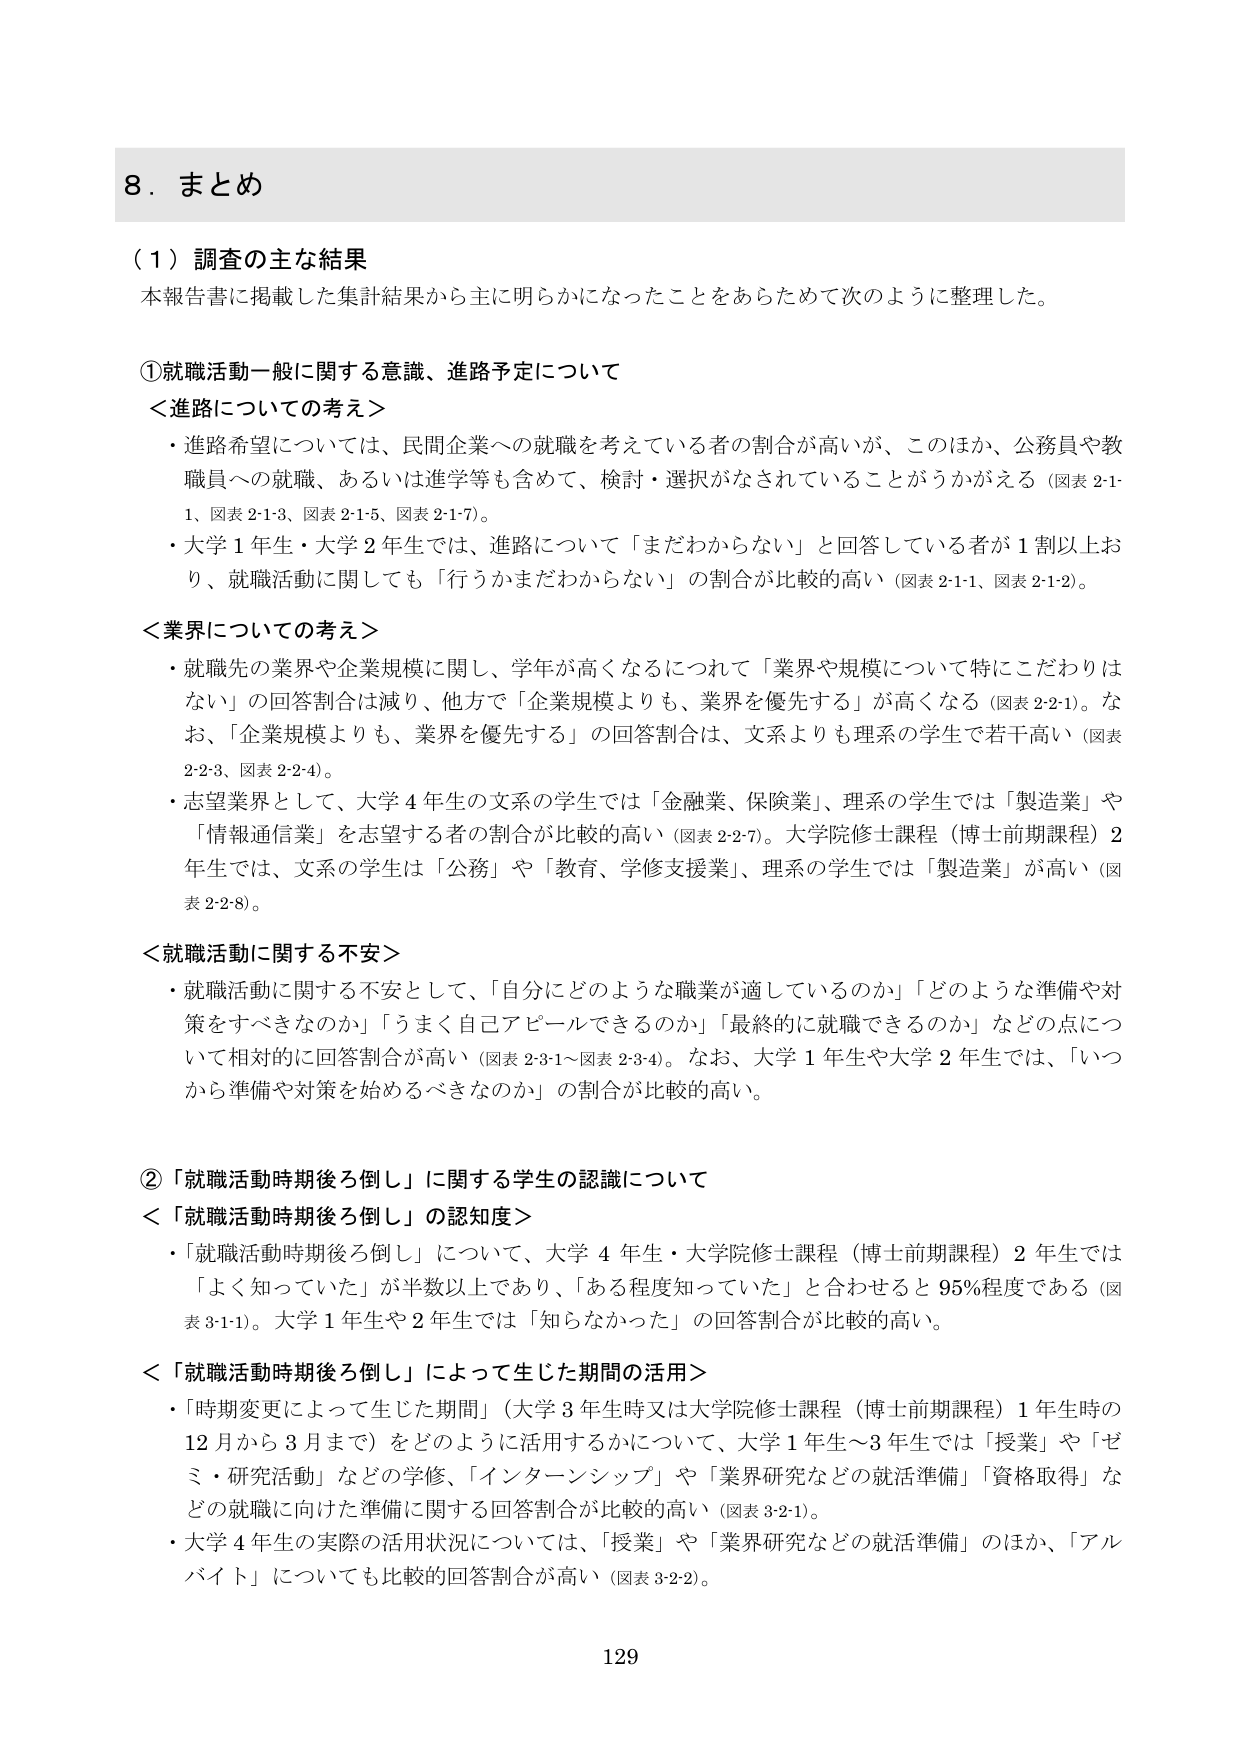
8．まとめ

（1）調査の主な結果
本報告書に掲載した集計結果から主に明らかになったことをあらためて次のように整理した。

①就職活動一般に関する意識、進路予定について
＜進路についての考え＞
・進路希望については、民間企業への就職を考えている者の割合が高いが、このほか、公務員や教職員への就職、あるいは進学等も含めて、検討・選択がなされていることがうかがえる（図表2-1-1、図表2-1-3、図表2-1-5、図表2-1-7）。
・大学1年生・大学2年生では、進路について「まだわからない」と回答している者が1割以上おり、就職活動に関しても「行うかまだわからない」の割合が比較的高い（図表2-1-1、図表2-1-2）。

＜業界についての考え＞
・就職先の業界や企業規模に関し、学年が高くなるにつれて「業界や規模について特にこだわりはない」の回答割合は減り、他方で「企業規模よりも、業界を優先する」が高くなる（図表2-2-1）。なお、「企業規模よりも、業界を優先する」の回答割合は、文系よりも理系の学生で若干高い（図表2-2-3、図表2-2-4）。
・志望業界として、大学4年生の文系の学生では「金融業、保険業」、理系の学生では「製造業」や「情報通信業」を志望する者の割合が比較的高い（図表2-2-7）。大学院修士課程（博士前期課程）2年生では、文系の学生は「公務」や「教育、学修支援業」、理系の学生では「製造業」が高い（図表2-2-8）。

＜就職活動に関する不安＞
・就職活動に関する不安として、「自分にどのような職業が適しているのか」「どのような準備や対策をすべきなのか」「うまく自己アピールできるのか」「最終的に就職できるのか」などの点について相対的に回答割合が高い（図表2-3-1～図表2-3-4）。なお、大学1年生や大学2年生では、「いつから準備や対策を始めるべきなのか」の割合が比較的高い。

②「就職活動時期後ろ倒し」に関する学生の認識について
＜「就職活動時期後ろ倒し」の認知度＞
・「就職活動時期後ろ倒し」について、大学4年生・大学院修士課程（博士前期課程）2年生では「よく知っていた」が半数以上であり、「ある程度知っていた」と合わせると95％程度である（図表3-1-1）。大学1年生や2年生では「知らなかった」の回答割合が比較的高い。

＜「就職活動時期後ろ倒し」によって生じた期間の活用＞
・「時期変更によって生じた期間」（大学3年生時又は大学院修士課程（博士前期課程）1年生時の12月から3月まで）をどのように活用するかについて、大学1年生～3年生では「授業」や「ゼミ・研究活動」などの学修、「インターンシップ」や「業界研究などの就活準備」「資格取得」などの就職に向けた準備に関する回答割合が比較的高い（図表3-2-1）。
・大学4年生の実際の活用状況については、「授業」や「業界研究などの就活準備」のほか、「アルバイト」についても比較的回答割合が高い（図表3-2-2）。

129